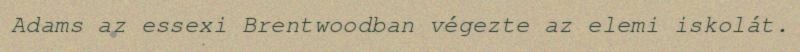
Adams az essexi Brentwoodban végezte az elemi iskolát.